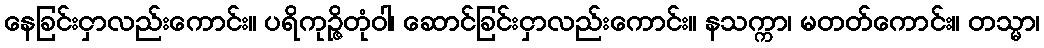
နေခြင်းငှာလည်းကောင်း။ ပရိကုဉ္ဇိတုံဝါ၊ ဆောင်ခြင်းငှာလည်းကောင်း။ နသက္ကာ၊ မတတ်ကောင်း။ တသ္မာ၊